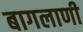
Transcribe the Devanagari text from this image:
बागलाणी